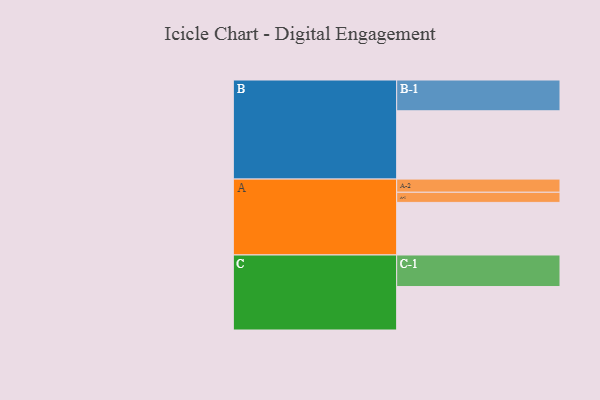
{"axis": {"x": "Segment", "y": "Value"}, "legend": ["", "A", "B", "C"], "data": [{"x": "A", "y": 415, "type": ""}, {"x": "B", "y": 539, "type": ""}, {"x": "C", "y": 343, "type": ""}, {"x": "A-1", "y": 80, "type": "A"}, {"x": "A-2", "y": 104, "type": "A"}, {"x": "B-1", "y": 243, "type": "B"}, {"x": "C-1", "y": 249, "type": "C"}]}